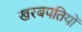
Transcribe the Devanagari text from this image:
खरबपतियों